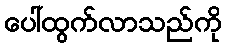
ပေါ်ထွက်လာသည်ကို